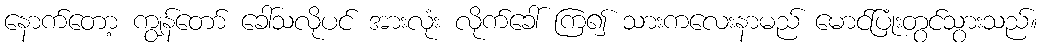
နောက်တော့ ကျွန်တော် ခေါ်သလိုပင် အားလုံး လိုက်ခေါ် ကြ၍ သားကလေးနာမည် မောင်ပြုံးတွင်သွားသည်။